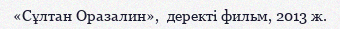
«Сұлтан Оразалин»,  деректі фильм, 2013 ж.